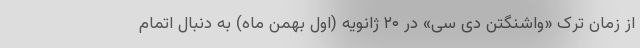
از زمان ترک «واشنگتن دی سی» در ۲۰ ژانویه (اول بهمن ماه) به دنبال اتمام